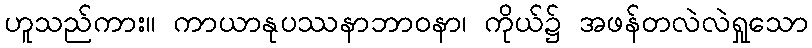
ဟူသည်ကား။ ကာယာနုပဿနာဘာဝနာ၊ ကိုယ်၌ အဖန်တလဲလဲရှုသော